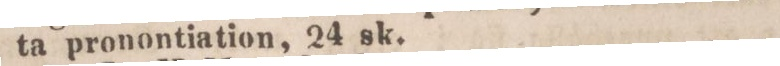
ta pronontiation, 24 sk.